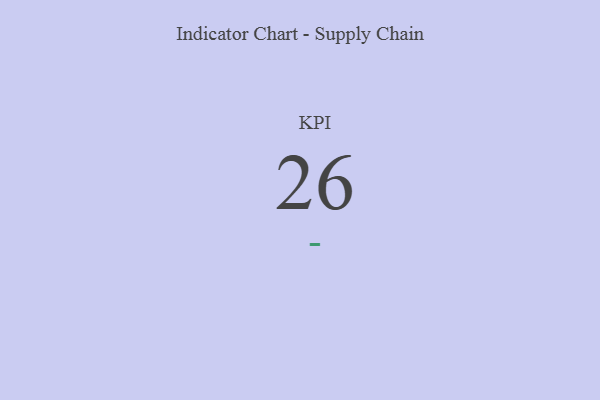
{"axis": {"x": "KPI", "y": "Value"}, "legend": [""], "data": [{"x": "KPI", "y": 26, "type": ""}]}